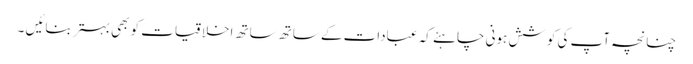
چنانچہ آپ کی کوشش ہونی چاہئے کہ عبادات کے ساتھ ساتھ اخلاقیات کو بھی بہتر بنائیں ۔